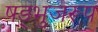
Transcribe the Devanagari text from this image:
षड्भुजरूप